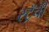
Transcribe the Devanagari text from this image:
स्ट्रॅची